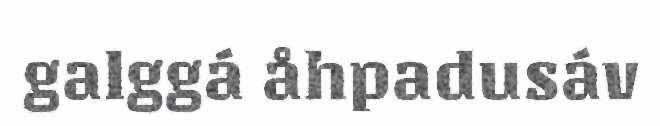
galggá åhpadusáv